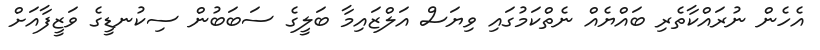
އެހެން ނުރައްކާތެރި ބައްޔެއް ނެތްކަމުގައި ވިޔަސް އަލްޒައިމާ ބަލީގެ ސަބަބުން ސިކުނޑީގެ ވަޒީފާއަށް